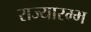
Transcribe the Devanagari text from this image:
राज्यारम्भ